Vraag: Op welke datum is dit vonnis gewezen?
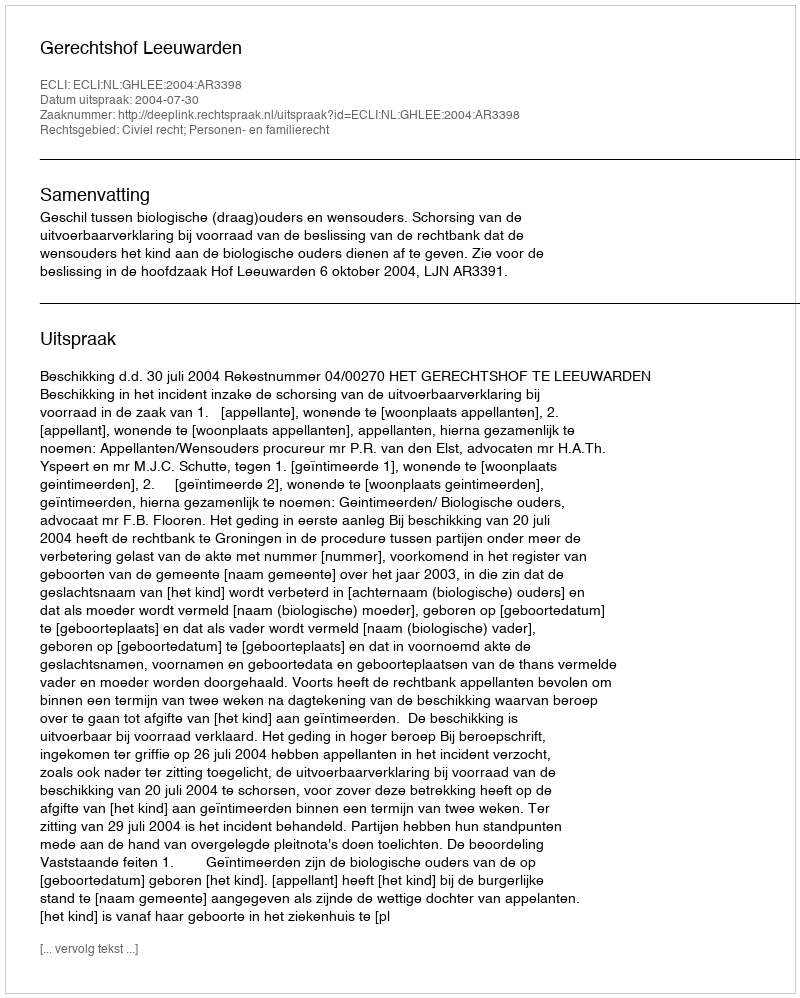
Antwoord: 2004-07-30